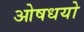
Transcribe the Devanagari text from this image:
ओषधयो